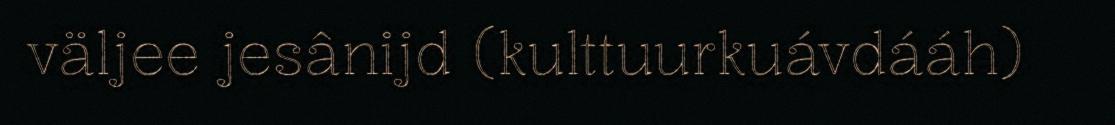
väljee jesânijd (kulttuurkuávdááh)